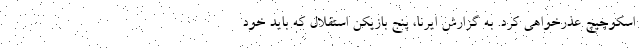
اسکوچیچ عذرخواهی کرد. به گزارش ایرنا، پنج بازیکن استقلال که باید خود